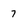
Character: 7